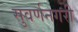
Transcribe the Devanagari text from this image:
सुवर्णनगरी